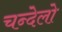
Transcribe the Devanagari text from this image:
चन्देलो